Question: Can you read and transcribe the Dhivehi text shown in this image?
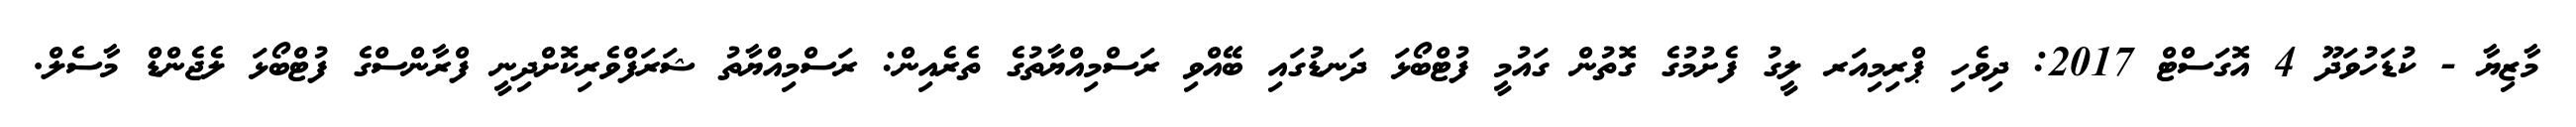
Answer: މާޒިޔާ - ކުޑަހުވަދޫ 4 އޮގަސްޓް 2017: ދިވެހި ޕްރިމިއަރ ލީގު ފެށުމުގެ ގޮތުން ގައުމީ ފުޓްބޯޅަ ދަނޑުގައި ބޭއްވި ރަސްމިއްޔާތުގެ ތެރެއިން: ރަސްމިއްޔާތު ޝަރަފްވެރިކޮށްދިނީ ފްރާންސްގެ ފުޓްބޯޅަ ލެޖެންޑް މާސެލް.